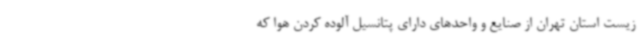
زیست استان تهران از صنایع و واحدهای دارای پتانسیل آلوده کردن هوا که